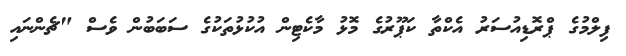
ފިލްމުގެ ޕްރޮޑިއުސަރު އެކްތާ ކަޕޫރުގެ މޮޅު މާކެޓިން އުކުޅުތަކުގެ ސަބަބުން ވެސް "ޗެންނައި